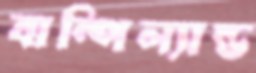
বাম্পিল্যান্ড